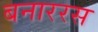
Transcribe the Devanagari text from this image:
बनाररस